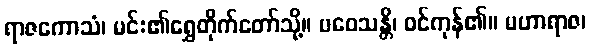
ရာဇကောသံ၊ မင်း၏ရွှေတိုက်တော်သို့။ ပဝေသန္တိ၊ ဝင်ကုန်၏။ မဟာရာဇ၊